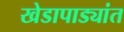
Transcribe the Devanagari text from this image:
खेडापाड्यांत